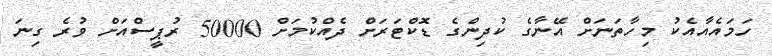
ހަމައެއާއެކު މިހާތަނަށް އޭނާގެ ކުދިންގެ ޑޮކްޓަރަށް ދެއްކުމަށް 50000 ރުޕީސްއަށް ވުރެ ގިނަ